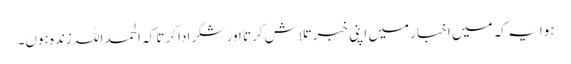
ہوا یہ کہ میں اخبار میں اپنی خبر تلاش کرتا اور شکر ادا کرتا کہ الحمد اللہ زندہ ہوں۔